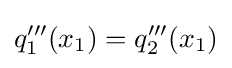
q'''_{1}(x_{1})=q'''_{2}(x_{1})